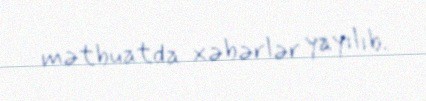
mətbuatda xəbərlər yayılıb.